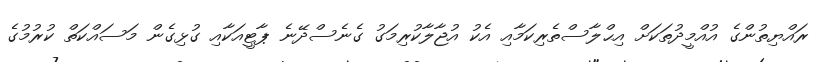
ރައްޔިތުންގެ އުއްމީދުތަކަށް އިޙްލާސްތެރިކަމާއި އެކު އުޖާލާކުރިމަގު ގެނެސްދޭނެ ޕާޓީއަކާއި ގުޅިގެން މަސައްކަތް ކުރުމުގެ